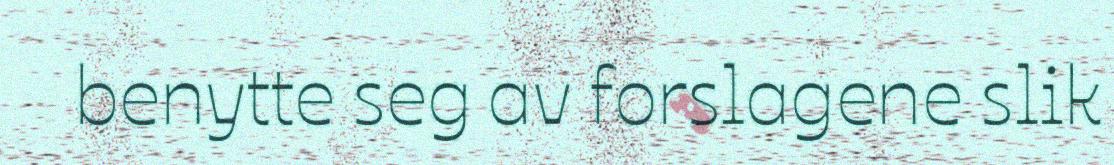
benytte seg av forslagene slik